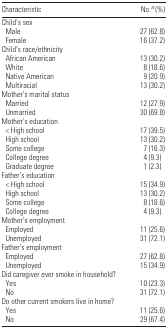
<table><thead><tr><td colspan="2"><b>Characteristic</b></td><td><b>No.a (%)</b></td></tr></thead><tbody><tr><td>Child’s sex</td></tr><tr><td> Male</td><td>27 (62.8)</td></tr><tr><td> Female</td><td>16 (37.2)</td></tr><tr><td colspan="2">Child’s race/ethnicity</td></tr><tr><td> African American</td><td>13 (30.2)</td></tr><tr><td> White</td><td>8 (18.6)</td></tr><tr><td> Native American</td><td>9 (20.9)</td></tr><tr><td> Multiracial</td><td>13 (30.2)</td></tr><tr><td colspan="2">Mother’s marital status</td></tr><tr><td> Married</td><td>12 (27.9)</td></tr><tr><td> Unmarried</td><td>30 (69.8)</td></tr><tr><td colspan="2">Mother’s education</td></tr><tr><td> &lt; High school</td><td>17 (39.5)</td></tr><tr><td> High school</td><td>13 (30.2)</td></tr><tr><td> Some college</td><td>7 (16.3)</td></tr><tr><td> College degree</td><td>4 (9.3)</td></tr><tr><td> Graduate degree</td><td>1 (2.3)</td></tr><tr><td colspan="2">Father’s education</td></tr><tr><td> &lt; High school</td><td>15 (34.9)</td></tr><tr><td> High school</td><td>13 (30.2)</td></tr><tr><td> Some college</td><td>8 (18.6)</td></tr><tr><td> College degree</td><td>4 (9.3)</td></tr><tr><td colspan="2">Mother’s employment</td></tr><tr><td> Employed</td><td>11 (25.6)</td></tr><tr><td> Unemployed</td><td>31 (72.1)</td></tr><tr><td colspan="2">Father’s employment</td></tr><tr><td> Employed</td><td>27 (62.8)</td></tr><tr><td> Unemployed</td><td>15 (34.9)</td></tr><tr><td colspan="2">Did caregiver ever smoke in household?</td></tr><tr><td> Yes</td><td>10 (23.3)</td></tr><tr><td> No</td><td>31 (72.1)</td></tr><tr><td colspan="2">Do other current smokers live in home?</td></tr><tr><td> Yes</td><td>11 (25.6)</td></tr><tr><td> No</td><td>29 (67.4)</td></tr></tbody></table>